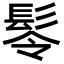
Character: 𩬔